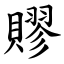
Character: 賿